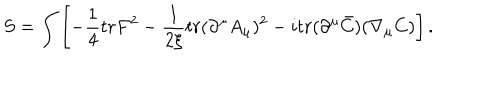
LaTeX: S = \int \left[ - \frac { 1 } { 4 } t r F ^ { 2 } - \frac { 1 } { 2 \xi } t r ( \partial ^ { \mu } A _ { \mu } ) ^ { 2 } - i t r ( \partial ^ { \mu } \bar { C } ) ( \nabla _ { \mu } C ) \right] .